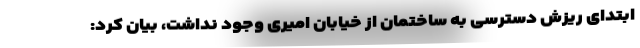
ابتدای ریزش دسترسی به ساختمان از خیابان امیری وجود نداشت، بیان کرد: